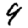
Digit: 9